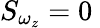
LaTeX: S_{\omega_{z}}=0\